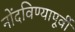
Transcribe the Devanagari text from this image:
नोंदविण्यापूर्वी